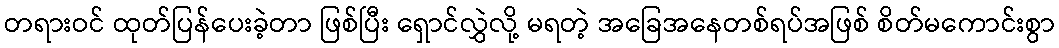
တရားဝင် ထုတ်ပြန်ပေးခဲ့တာ ဖြစ်ပြီး ရှောင်လွှဲလို့ မရတဲ့ အခြေအနေတစ်ရပ်အဖြစ် စိတ်မကောင်းစွာ